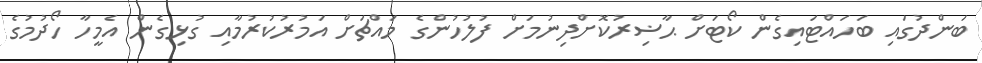
ބަންދުގައި ބަހައްޓައިގެން ކޯޓަށް ޙާޟިރުކޮށްދިނުމަށް ފުލުހުންގެ މައްޗަށް އަމުރުކުރުމާއި ގުޅިގެން އެމީހާ ހޯދުމުގެ